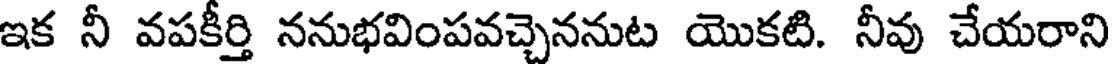
ఇక నీ వపకీర్తి ననుభవింపవచ్చెననుట యొకటి. నీవు చేయరాని